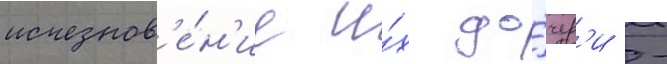
исчезнов'е́н'ие и́х до́чер'и -